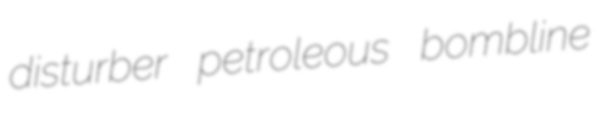
disturber petroleous bombline